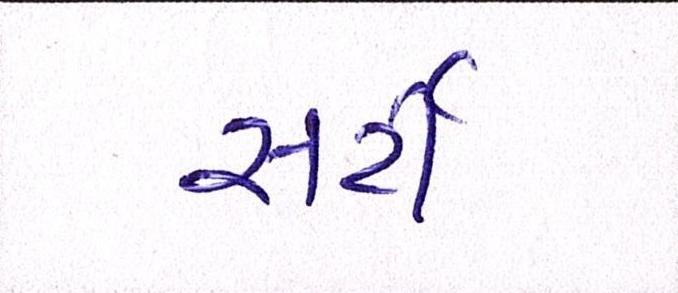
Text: સર્ટી